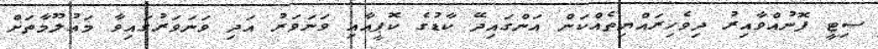
ސިޓީ ފޮނުއްވާއިރު ދިވެހިރައްޔިތެއްކަން އަންގައިދޭ ކާޑުގެ ކޮޕީއާއި ވަނަވަރު އަދި ވަނަވަރުގައިވާ މަޢުލޫމާތަށް